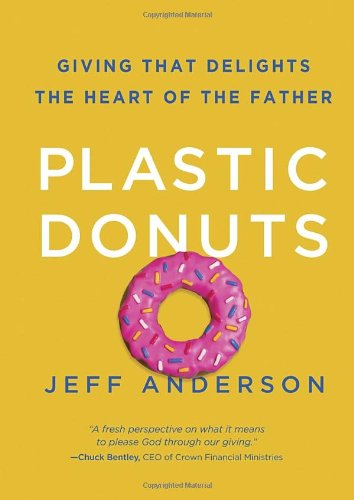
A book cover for Plastic Donuts: Giving That Delights the Heart of the Father; Jeff Anderson; Politics & Social Sciences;